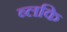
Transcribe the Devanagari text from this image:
ब्लकि